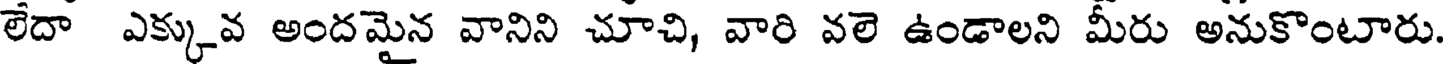
లేదా ఎక్కువ అందమైన వానిని చూచి, వారి వలె ఉండాలని మీరు అనుకొంటారు